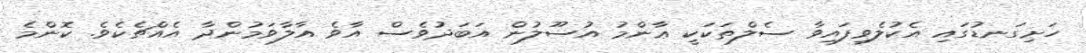
ހަށިގަނޑުގައި އެކުލެވިފައިވާ ސެލްތަކަކީ ޢާންމު އުސޫލުން އަބަދުވެސް އާވެ އާލާވަމުންދާ އެއްޗެކެވެ. ކޮންމެ